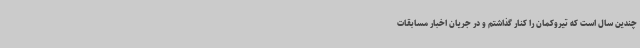
چندین سال است که تیروکمان را کنار گذاشتم و در جریان اخبار مسابقات